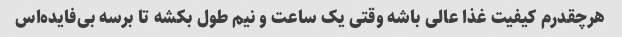
هرچقدرم کیفیت غذا عالی باشه وقتی یک ساعت و نیم طول بکشه تا برسه بی‌فایده‌اس